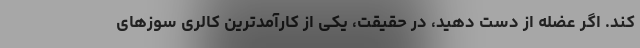
کند. اگر عضله از دست دهید، در حقیقت، یکی از کارآمدترین کالری سوزهای